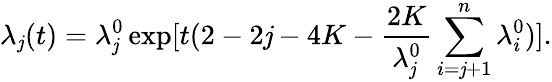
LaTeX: \lambda_{\mathit{j}}(t)=\lambda_{\mathit{j}}^{0}\exp[t(2-2\mathit{j}-4K-\frac{{2K}}{{\lambda_{\mathit{j}}^{0}}}\sum_{i=\mathit{j}+1}^{n}\lambda_{i}^{0})].